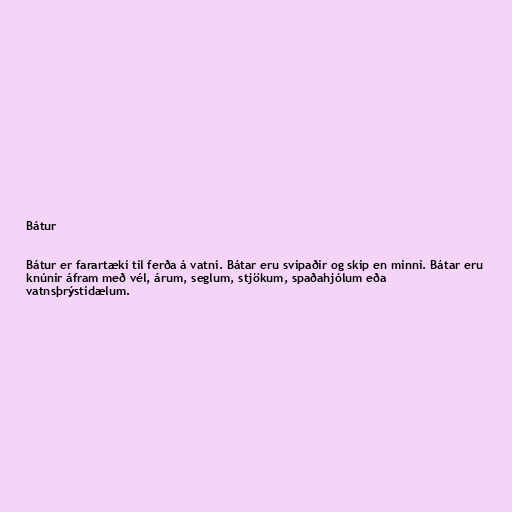
Bátur

Bátur er farartæki til ferða á vatni. Bátar eru svipaðir og skip en minni. Bátar eru
knúnir áfram með vél, árum, seglum, stjökum, spaðahjólum eða
vatnsþrýstidælum.